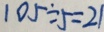
1 0 5 \div 5 = 2 1